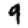
Digit: 9